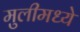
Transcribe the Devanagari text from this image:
मुलीमध्ये